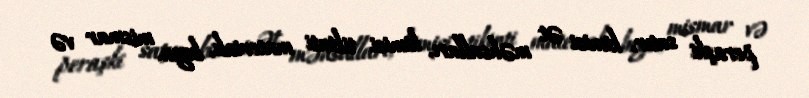
peraşki satır, kimisi ət məhsulları, kimisi tikinti materialı, boya, mismar və